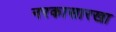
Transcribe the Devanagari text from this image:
नरकासारखा